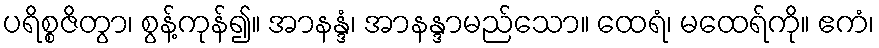
ပရိစ္စဇိတွာ၊ စွန့်ကုန်၍။ အာနန္ဒံ၊ အာနန္ဒာမည်သော။ ထေရံ၊ မထေရ်ကို။ ဧကံ၊